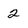
Character: 2